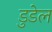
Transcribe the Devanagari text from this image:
डुडेल